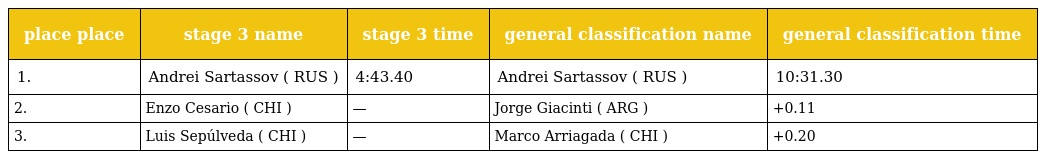
| place place | stage 3 name | stage 3 time | general classification name | general classification time |
 | --- | --- | --- | --- | --- |
 | 1. | Andrei Sartassov ( RUS ) | 4:43.40 | Andrei Sartassov ( RUS ) | 10:31.30 |
 | 2. | Enzo Cesario ( CHI ) | — | Jorge Giacinti ( ARG ) | +0.11 |
 | 3. | Luis Sepúlveda ( CHI ) | — | Marco Arriagada ( CHI ) | +0.20 |